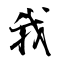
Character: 我